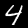
Digit: 4